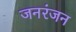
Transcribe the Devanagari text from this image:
जनरंजन